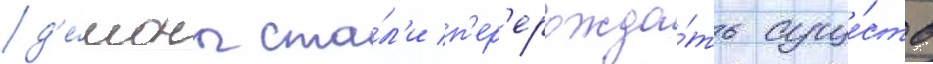
д'е́моны ста́л'и п'ер'ерожда́ть суще́ств